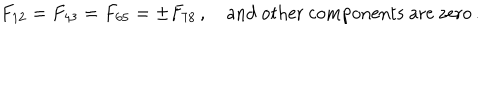
LaTeX: F _ { 1 2 } = F _ { 4 3 } = F _ { 6 5 } = \pm F _ { 7 8 } \, , \quad \textrm { a n d o t h e r c o m p o n e n t s a r e z e r o } \, .